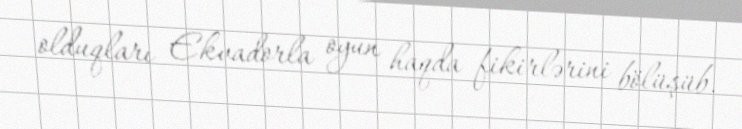
olduqları Ekvadorla oyun haqda fikirlərini bölüşüb.